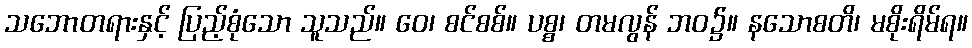
သဘောတရားနှင့် ပြည့်စုံသော သူသည်။ ဝေ၊ စင်စစ်။ ပစ္စ၊ တမလွန် ဘဝ၌။ နသောစတိ၊ မစိုးရိမ်ရ။